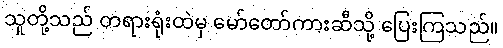
သူတို့သည် တရားရုံးထဲမှ မော်တော်ကားဆီသို့ ပြေးကြသည်။